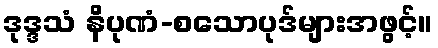
ဒုဒ္ဒသံ နိပုဏံ-စသောပုဒ်များအဖွင့်။